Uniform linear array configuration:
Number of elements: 16
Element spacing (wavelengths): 1
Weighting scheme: exponential
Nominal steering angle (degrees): -30
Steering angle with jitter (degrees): -28.199
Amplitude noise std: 0.05
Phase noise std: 0.05

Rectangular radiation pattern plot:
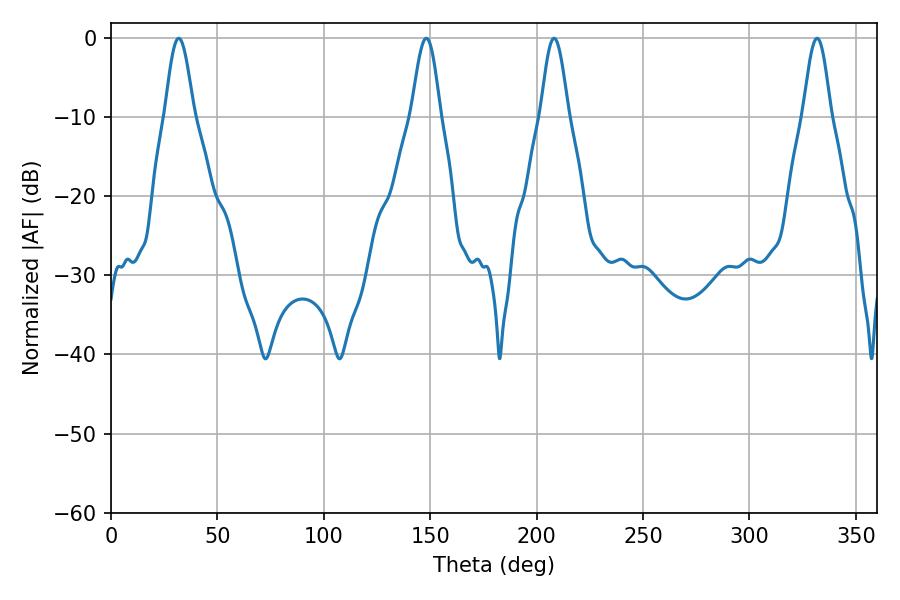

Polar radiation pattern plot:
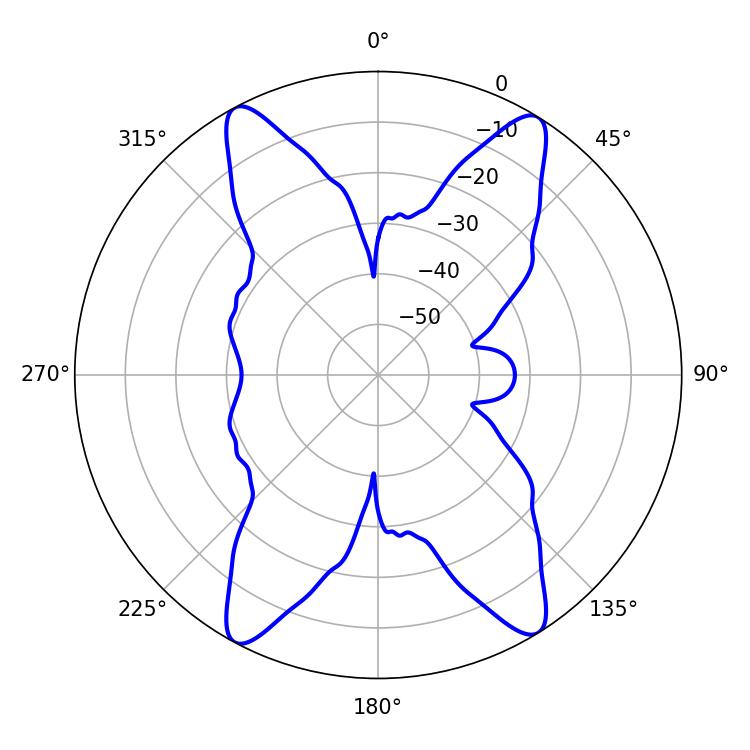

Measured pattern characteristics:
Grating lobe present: TRUE
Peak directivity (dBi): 19.327
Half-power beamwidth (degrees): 7.2
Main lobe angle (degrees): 31.86